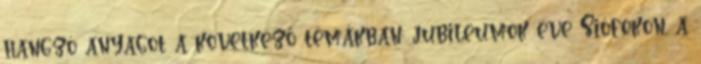
hangzó anyagot a következő témákban: jubileumok éve Siófokon, a